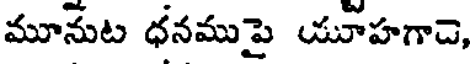
మూనుట ధనముపై యూహగాచె,